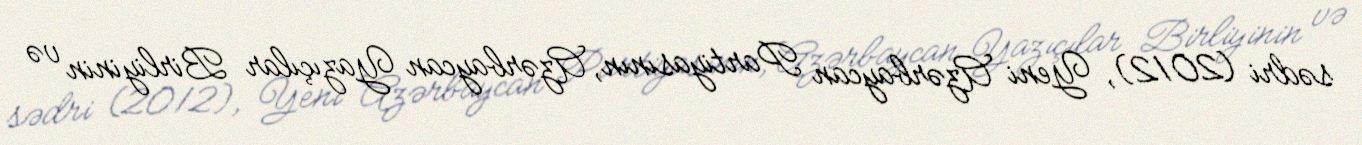
sədri (2012), Yeni Azərbaycan Partiyasının, Azərbaycan Yazıçılar Birliyinin və